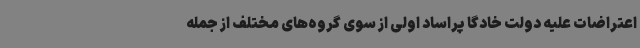
اعتراضات علیه دولت خادگا پراساد اولی از سوی گروه‌های مختلف از جمله